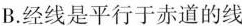
B.经线是平行于赤道的线